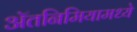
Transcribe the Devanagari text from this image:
ॲतनिमियामध्ये